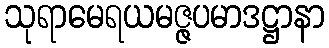
သုရာမေရယမဇ္ဇပမာဒဋ္ဌာနာ